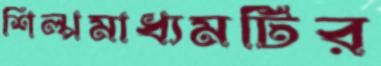
শিল্পমাধ্যমটির